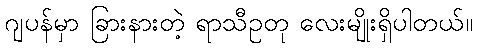
ဂျပန်မှာ ခြားနားတဲ့ ရာသီဥတု လေးမျိုးရှိပါတယ်။